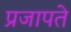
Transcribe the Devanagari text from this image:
प्रजापते